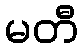
မတီ